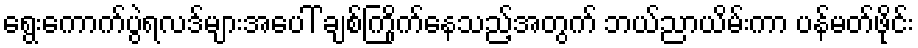
ရွေးကောက်ပွဲရလဒ်များအပေါ် ချစ်ကြိုက်နေသည့်အတွက် ဘယ်ညာယိမ်းကာ ပန်မတ်ဖိုင်း